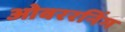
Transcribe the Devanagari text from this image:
ओवररनिंग